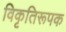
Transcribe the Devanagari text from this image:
विकृतिरूपक